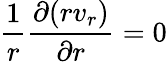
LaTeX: \frac{1}{r}\frac{\partial(rv_{r})}{\partial r}=0